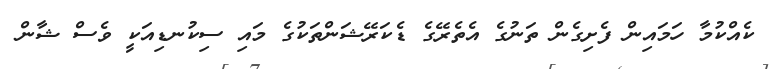
ކެއްކުމާ ހަމައިން ފެށިގެން ތަނުގެ އެތެރޭގެ ޑެކަރޭޝަންތަކުގެ މައި ސިކުނޑިއަކީ ވެސް ޝާން